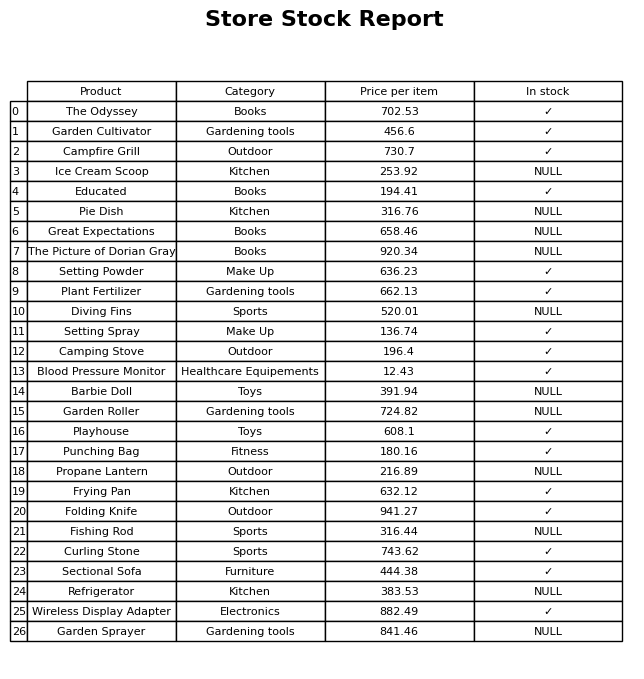
question: What is the price of the Curling Stone?
answer: The price of Curling Stone is 743.62.